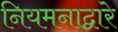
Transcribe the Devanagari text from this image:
नियमनाद्वारे